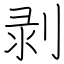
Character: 剥